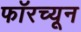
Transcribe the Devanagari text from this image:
फॉरच्यून